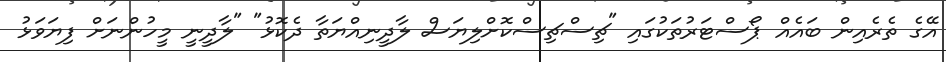
އޭގެ ތެރެއިން ބައެއް ޕޯސްޓަރުތަކުގައި "ޗިސްޗިސްކޮށްލިޔަސް ލާދީނިއްޔަތާ ދެކޮޅު" "ލާދީނީ މީހުންނަށް ފިޔަވަޅު